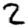
Digit: 2